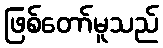
ဖြစ်တော်မူသည်